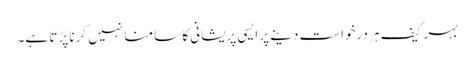
بہر کیف ہر درخواست دینے پر ایسی پریشانی کا سامنا نہیں کرنا پڑتا ہے۔